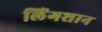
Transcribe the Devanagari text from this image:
लिंगशान